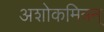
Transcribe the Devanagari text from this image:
अशोकमित्रन्